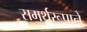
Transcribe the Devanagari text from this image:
समर्थरूपाने